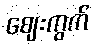
ဈေးကွက်